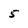
Character: 5